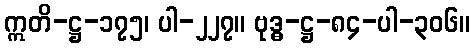
ဣတိ-ဋ္ဌ-၁၇၅၊ ပါ-၂၂၇။ ဗုဒ္ဓ-ဋ္ဌ-၈၄-ပါ-၃၀၆။